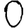
Digit: 0